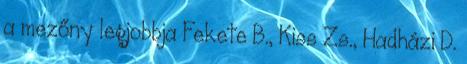
a mezőny legjobbja Fekete B., Kiss Zs., Hadházi D.